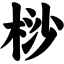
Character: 桫